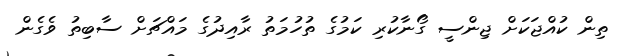
ތިން ކުއްޖަކަށް ޖިންސީ ގޯނާކުރި ކަމުގެ ތުހުމަތު ރާއިދުގެ މައްޗަށް ސާބިތު ވެގެން